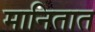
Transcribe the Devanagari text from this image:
मानितात